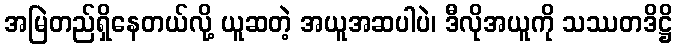
အမြဲတည်ရှိနေတယ်လို့ ယူဆတဲ့ အယူအဆပါပဲ၊ ဒီလိုအယူကို သဿတဒိဋ္ဌိ